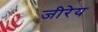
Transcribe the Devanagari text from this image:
जीरेय